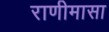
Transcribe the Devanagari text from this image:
राणीमासा